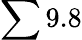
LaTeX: \sum 9.8